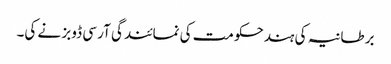
برطانیہ کی ہندحکومت کی نمائندگی آر سی ڈوبز نے کی۔